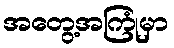
အတွေ့အကြုံမှာ